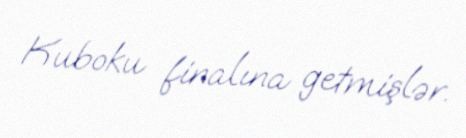
Kuboku finalına getmişlər.